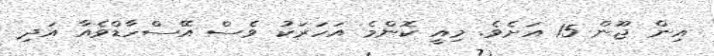
އިން ޖޫން 15 އަށެވެ. މިއީ ކޮންމެ އަހަރަކު ވެސް އޭސްހާޑްވެއާ އަދި